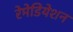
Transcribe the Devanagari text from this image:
रेमेडियेशन